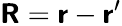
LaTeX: \boldsymbol{\mathsf{R}}=\boldsymbol{\mathsf{r}}-\boldsymbol{\mathsf{r}}^{\prime}